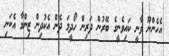
އެހެންނޫ ވާނީ ކައިވެނީގެ ބޭރުން ދަރިން ހޯދީމަ ދެން އެކުދިން ޒިންމާ އެކަނި